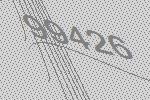
99426